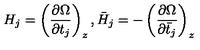
H _ { j } = \left( \frac { \partial \Omega } { \partial t _ { j } } \right) _ { z } , \bar { H } _ { j } = - \left( \frac { \partial \Omega } { \partial \bar { t } _ { j } } \right) _ { z }